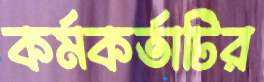
কর্মকর্তাটির